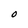
Character: O